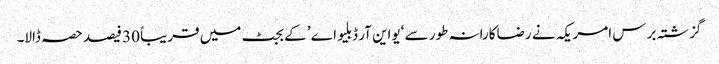
گزشتہ برس امریکہ نے رضاکارانہ طور سے ‘یواین آر ڈبلیو اے’ کے بجٹ میں قریباً 30 فیصد حصہ ڈالا۔